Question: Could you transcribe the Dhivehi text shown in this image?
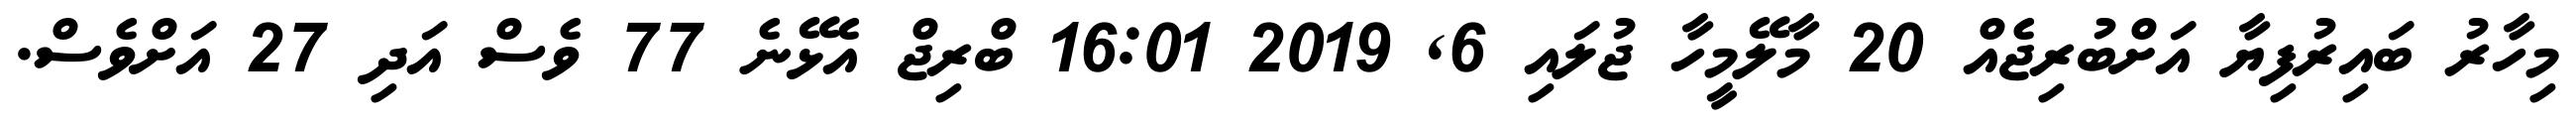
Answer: މިހާރު ބައިރުފިޔާ އަށްބުރިޖެއް 20 މާލޭމީހާ ޖުލައި 6, 2019 16:01 ބްރިޖް އެޅޭނެ 77 ވެސް އަދި 27 އަށްވެސް.